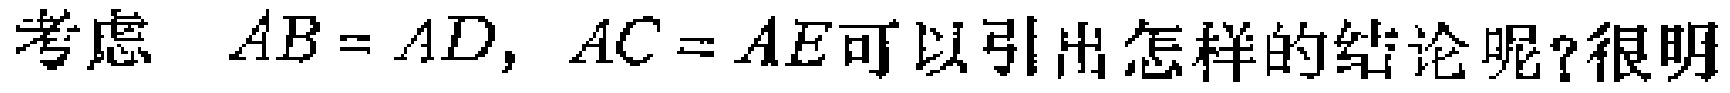
考虑 \(AB = AD, AC = AE\)可以引出怎样的结论呢?很明